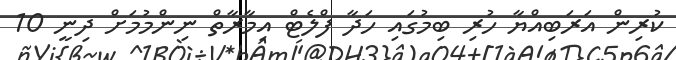
ކުރިން އަރަބިއްޔާ ހުރި ބިމުގައި ހަދާ ފްލެޓް އިމާރާތް ނިންމުމަށް ދިނީ 10